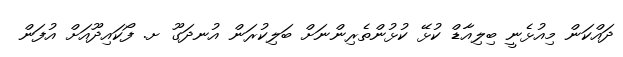
ދައްކަން މިއުޅެނީ ބިލިއާޑް ކުޅޭ ކުޅުންތެރިންނަށް ބަލިކުރަން އުނދަގޫ ށ. ފޯކައިދޫއަށް އުފަން